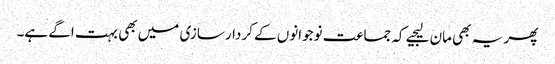
پھر یہ بھی مان لیجیے کہ جماعت نوجوانوں کے کردار سازی میں بھی بہت اگے ہے۔